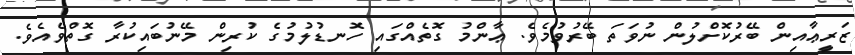
ޒަރީޢާއިން ބޭރުކޮށްލުން ނުވަތަ ބޭރުވުމެވެ. ޢާންމު ގޮތެއްގައި ހޮނޑުލުމުގެ ކުރިން މޭނުބައިކުރާ ގޮތްވެއެވެ.